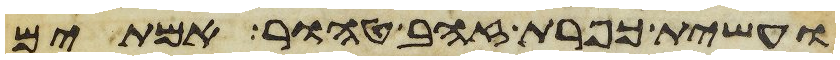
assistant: ועשית כפרת זהב טהור אמתים